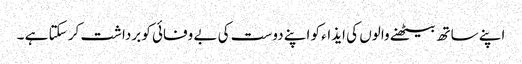
اپنے ساتھ بیٹھنے والوں کی ایذاء کو اپنے دوست کی بے وفائی کو برداشت کر سکتا ہے ۔